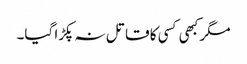
مگر کبھی کسی کا قاتل نہ پکڑا گیا۔